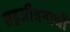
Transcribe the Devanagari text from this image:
सहजीवनाची